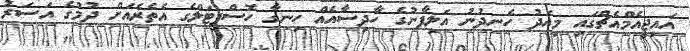
އައިޖީއެމްއެޗްގައި މިއަދު ހެނދުނު އަލިފާނުގެ ހާދިސާއެއް ހިނގާ ހޮސްޕިޓަލްގެ އެތެރެއަށް ދުމުގެ އަސަރު